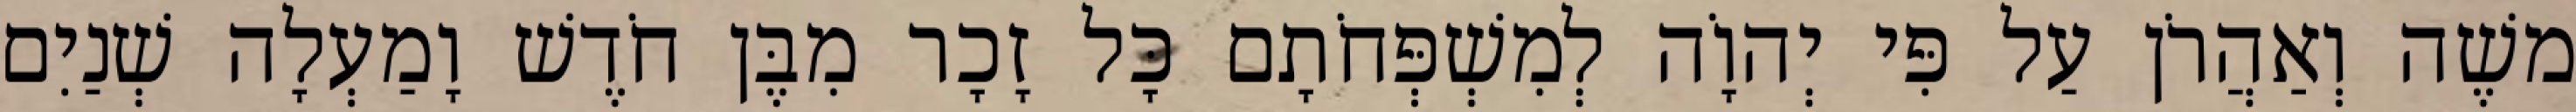
משֶׁה וְאַהֲרֹן עַל פִּי יְהוָֹה לְמִשְׁפְּחֹתָם כָּל זָכָר מִבֶּן חֹדֶשׁ וָמַעְלָה שְׁנַיִם